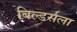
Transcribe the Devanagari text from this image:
बिल्डर्सला